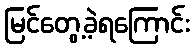
မြင်တွေ့ခဲ့ရကြောင်း